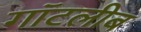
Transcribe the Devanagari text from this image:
गॉटलीब